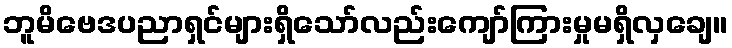
ဘူမိဗေဒပညာရှင်များရှိသော်လည်းကျော်ကြားမှုမရှိလှချေ။